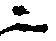
ニ